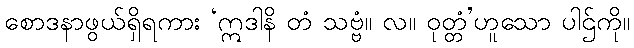
စောဒနာဖွယ်ရှိရကား ‘ဣဒါနိ တံ သဗ္ဗံ။ လ။ ဝုတ္တံ’ဟူသော ပါဌ်ကို။